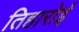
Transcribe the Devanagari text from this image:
तिहारोई